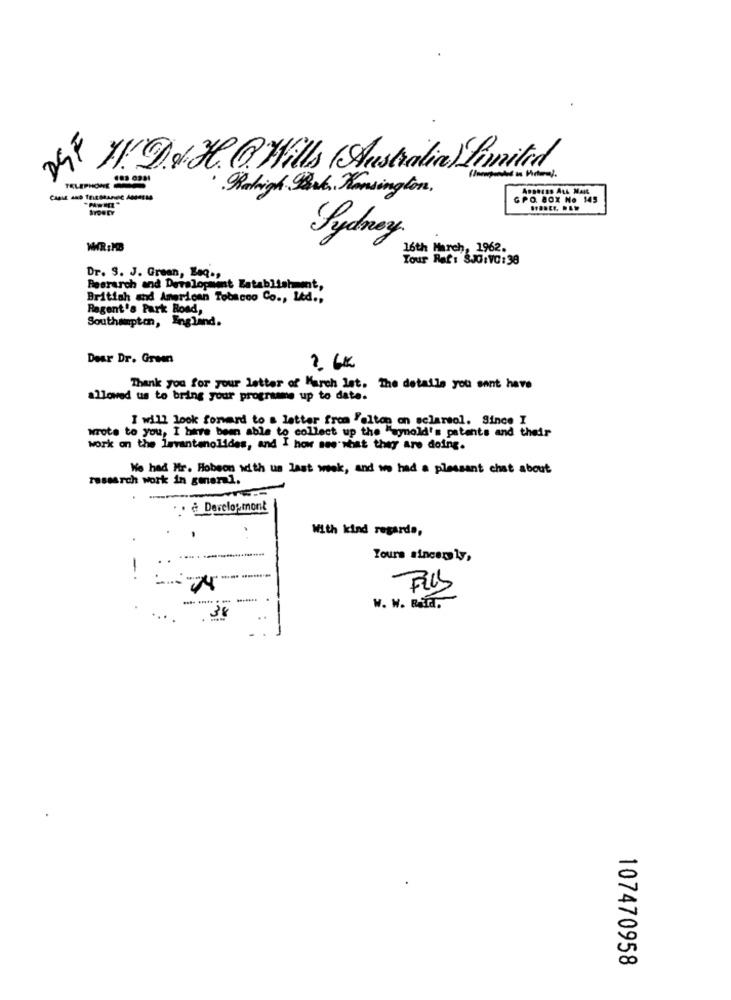
DSF
H. d.H.G. Wills (Australia) Limited
TELEPHONE
· Rahigh Bank, Kensington.
GPO. BOX No 145
Sydney
WIR:MB
16th March, 1962.
Tour Raf: 8J0:VC: 38
Dr. S. J. Green, Laq .,
Resrarch and Development Establishment,
British and American Tobacco Co ., Ltd .,
Regent's Park Road,
Southampton, England.
Dear Dr. Green
2.6€
Thank you for your letter of March lat. The details you sant have
allowed us to bring your programme up to date.
I will look forward to a letter from "eltop on sclarsol. Since I
wrote to you, I have been able to collect up the "arnold's patents and their
work on the isvantanolides, and I how see stat they are doing.
We had Mr. Hobson with us last week, and we had a pleasant chat about
research work in general.
.. @ Develop mont
With kind regards,
Yours sincerely,
W. W. Rattra.
38
107470958